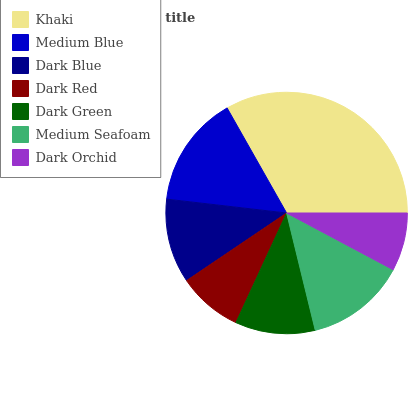
| Khaki | Medium Blue | Dark Blue | Dark Red | Dark Green | Medium Seafoam | Dark Orchid |
 | --- | --- | --- | --- | --- | --- | --- |
 | 33.2% | 15% | 11.3% | 8.65% | 10.7% | 13.4% | 7.78% |